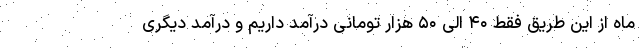
ماه از این طریق فقط ۴۰ الی ۵۰ هزار تومانی درآمد داریم و درآمد دیگری